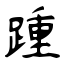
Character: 踵